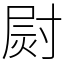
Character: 㷉